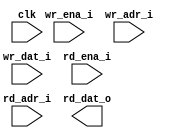
module ram_tp_be_32x64 (
  // global
  clk         ,
  // write
  wr_ena_i    ,
  wr_adr_i    ,
  wr_dat_i    ,
  // read
  rd_ena_i    ,
  rd_adr_i    ,
  rd_dat_o
);

//*** PARAMETER ****************************************************************


//*** INPUT/OUTPUT *************************************************************

  // global
  input               clk         ;
  // write
  input  [64-1 :0]    wr_ena_i    ;
  input  [5 -1 :0]    wr_adr_i    ;
  input  [64-1 :0]    wr_dat_i    ;
  // read
  input               rd_ena_i    ;
  input  [5 -1 :0]    rd_adr_i    ;
  output [64-1 :0]    rd_dat_o    ;


//*** WIRE/REG *****************************************************************


//*** MAIN BODY ****************************************************************
  wire                rd_ena_w    ;
  wire                cenb_w      ;
  wire   [64   -1:0]  wr_ena_w    ;
  assign  rd_ena_w = !rd_ena_i    ;
  assign  cenb_w   = wr_ena_i == 0;
  assign  wr_ena_w = ~wr_ena_i    ;

`ifdef RTL_MODEL

  sram_tp_be_behave #(
    .ADR_WD    ( 5           ),
    .DAT_WD    ( 64          ),
    .COL_WD    ( 1           )
  ) sram_tp_be_behave(
    .clk       ( clk         ),
    .wr_ena    ( wr_ena_i    ), // high active
    .wr_adr    ( wr_adr_i    ),
    .wr_dat    ( wr_dat_i    ),
    .rd_ena    ( rd_ena_i    ),
    .rd_adr    ( rd_adr_i    ),
    .rd_dat    ( rd_dat_o    )
    );

`endif

`ifdef XM_MODEL
  rf2phddm_32x64 u_rf2phddm_32x64(
    .QA        ( rd_dat_o    ), 
    .CLKA      ( clk         ), 
    .CENA      ( rd_ena_w    ), 
    .AA        ( rd_adr_i    ), 
    .CLKB      ( clk         ), 
    .CENB      ( cenb_w      ), 
    .WENB      ( wr_ena_w    ), // low active
    .AB        ( wr_adr_i    ), 
    .DB        ( wr_dat_i    ), 
    .EMAA      ( 3'b1        ), 
    .EMAB      ( 3'b1        ), 
    .RET1N     ( 1'b1        ),
    .COLLDISN  ( 1'b1        )
    );
`endif 

endmodule